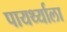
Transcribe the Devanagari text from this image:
पायर्थ्याला